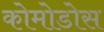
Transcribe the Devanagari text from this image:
कोमोडोस